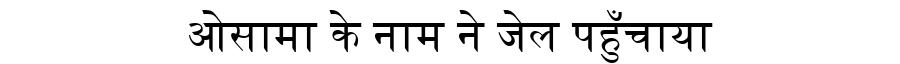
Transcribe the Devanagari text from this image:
ओसामा के नाम ने जेल पहुँचाया